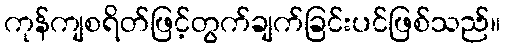
ကုန်ကျစရိတ်ဖြင့်တွက်ချက်ခြင်းပင်ဖြစ်သည်။